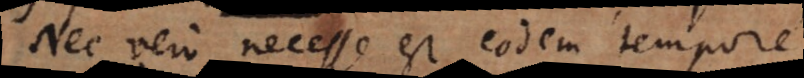
Nec vero necesse est eodem tempore